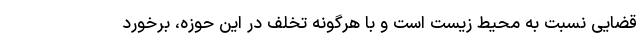
قضایی نسبت به محیط زیست است و با هرگونه تخلف در این حوزه، برخورد